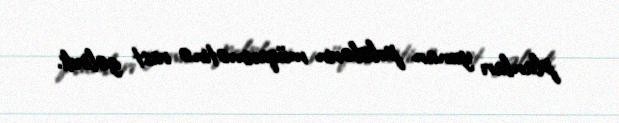
planları yunan polislərin müqavimətinə rast gəlirdi.